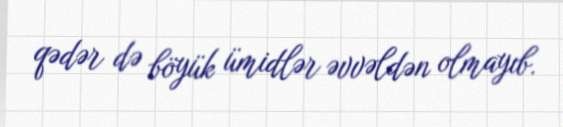
qədər də böyük ümidlər əvvəldən olmayıb.